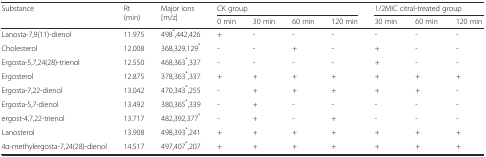
| <ROWSPAN=2> Substance | <ROWSPAN=2> Rt (min) | <ROWSPAN=2> Major ions [m/z] | <COLSPAN=4> CK group | <COLSPAN=3> 1/2MIC citral-treated group |
 | 0 min | 30 min | 60 min | 120 min | 30 min | 60 min | 120 min |
 | --- | --- | --- | --- | --- | --- | --- | --- | --- | --- |
 | Lanosta-7,9(11)-dienol | 11.975 | 498*,442,426 | + | - | - | - | - | - | - |
 | Cholesterol | 12.008 | 368,329,129* | - | - | + | - | + | - | - |
 | Ergosta-5,7,24(28)-trienol | 12.550 | 468,363*,337 | - | - | - | - | + | - | - |
 | Ergosterol | 12.875 | 378,363*,337 | + | + | + | + | + | + | + |
 | Ergosta-7,22-dienol | 13.042 | 470,343*,255 | - | + | + | + | + | + | - |
 | Ergosta-5,7-dienol | 13.492 | 380,365*,339 | - | + | - | - | - | - | - |
 | ergost-4,7,22-trienol | 13.717 | 482,392,377* | - | + | - | + | - | - | - |
 | Lanosterol | 13.908 | 498,393*,241 | + | + | + | + | + | + | + |
 | 4α-methylergosta-7,24(28)-dienol | 14.517 | 497,407*,207 | + | + | + | + | + | + | + |